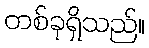
တစ်ခုရှိသည်။